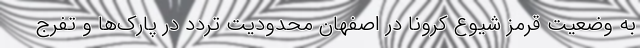
به وضعیت قرمز شیوع کرونا در اصفهان محدودیت تردد در پارک‌ها و تفرج